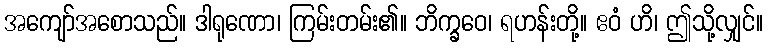
အကျော်အစောသည်။ ဒါရုဏော၊ ကြမ်းတမ်း၏။ ဘိက္ခဝေ၊ ရဟန်းတို့။ ဧဝံ ဟိ၊ ဤသို့လျှင်။